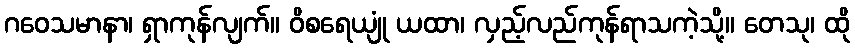
ဂဝေသမာနာ၊ ရှာကုန်လျက်။ ဝိစရေယျုံ ယထာ၊ လှည့်လည်ကုန်ရာသကဲ့သို့။ တေသု၊ ထို